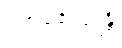
ပဗ္ဗာဇေယျုန္တိ